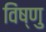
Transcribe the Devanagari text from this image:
विंष्णु